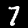
Digit: 7